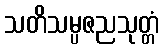
သတိသမ္ပဇညသုတ္တံ